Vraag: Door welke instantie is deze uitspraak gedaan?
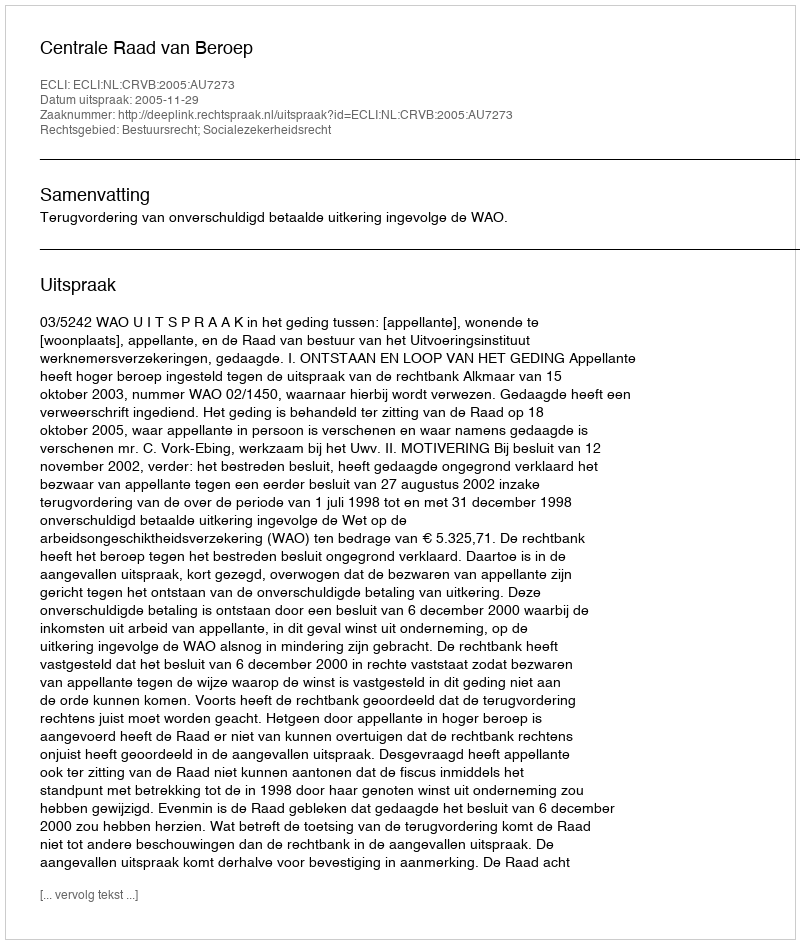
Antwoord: Centrale Raad van Beroep